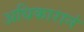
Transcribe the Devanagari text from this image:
अधिकारानं